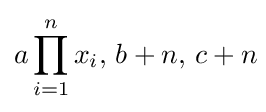
a\prod _{i=1}^{n}x_{i},\,b+n,\,c+n\!